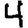
Digit: 4